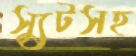
স্যুটসহ